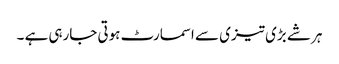
ہر شے بڑی تیزی سے اسمارٹ ہوتی جارہی ہے ۔